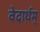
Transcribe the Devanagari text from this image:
वेदार्थम्